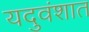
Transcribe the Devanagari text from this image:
यदुवंशात